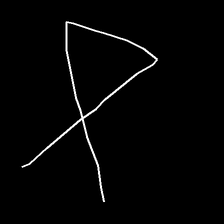
Glyph: collection